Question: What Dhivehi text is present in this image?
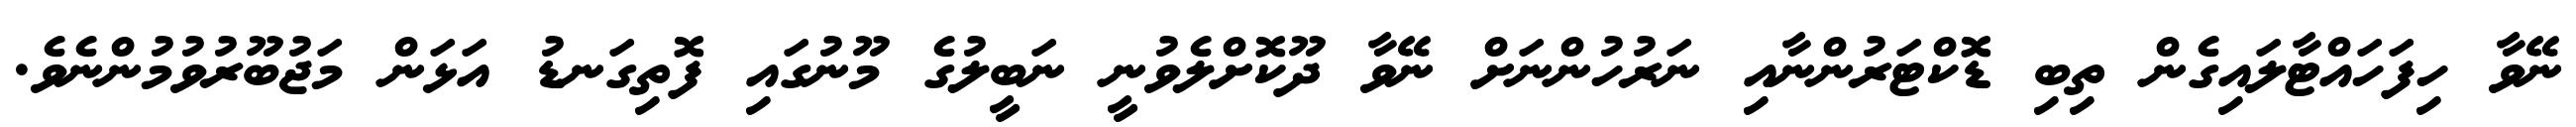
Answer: ނޭވާ ހިފަހައްޓާލައިގެން ތިބި ޑޮކްޓަރުންނާއި ނަރުހުންނަށް ނޭވާ ދޫކޮށްލެވުނީ ނަބީލުގެ މޫނުގައި ފޮތިގަނޑު އަޅަން މަޖުބޫރުވުމުންނެވެ.